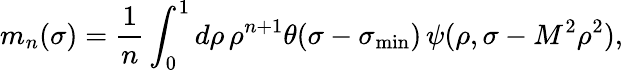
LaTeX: m_{n}(\sigma)=\frac{1}{n}\int_{0}^{1}d\rho\, \rho^{n+1}\theta(\sigma-\sigma_{\operatorname*{min}})\, \psi(\rho,\sigma-M^{2}\rho^{2}),